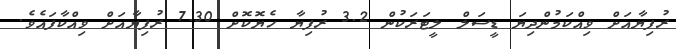
ރުފިޔާއަށް ވިއްކަމުންދިޔަ ޑީސަލް ލީޓަރަކުން 3.2 ރުފިޔާ ހެޔޮކޮށް 7.30 ރުފިޔާއަށް ވިއްކާފައެވެ.